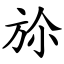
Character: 㫆